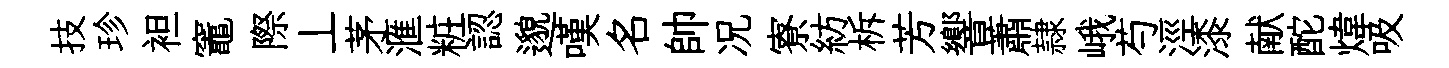
技珍袒竈際丄茅滙粧認邈嘆名帥况寮紡柝芳響蕭隷峨芍涇漆献酡煒吸